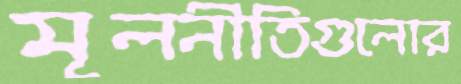
মূলনীতিগুলোর